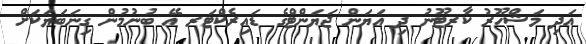
އަދި މަޝްހޫރު ކާރޓޫނު ދި އަޔަން ޖަޔަންޓްގެ ޑައިރެކްޓަރ އޭ ބުނުމުން ގިނަބަޔަކަށް